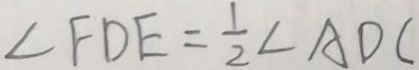
\angle F D E = \frac { 1 } { 2 } \angle A D C